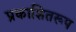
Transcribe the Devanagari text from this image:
प्रकाशितरूप